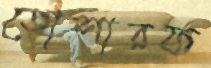
তোশারফ